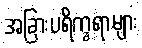
အခြားပရိက္ခရာများ